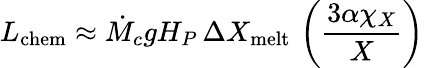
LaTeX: L_{\mathrm{chem}}\approx\dot{M}_{c}gH_{P}\, \Delta X_{\mathrm{melt}}\, \left(\frac{3\alpha\chi_{X}}{X}\right)